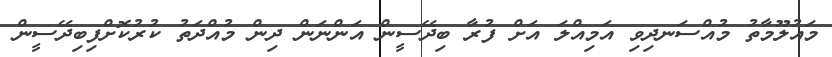
މައުލޫމާތު މުއްސަނދިވި އަމިއްލަ އަށް ފުރާ ބިދޭސީން އަންނަން ދިން މުއްދަތު ކުރުކޮށްފިބިދޭސީން